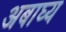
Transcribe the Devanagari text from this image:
अबाघ्य